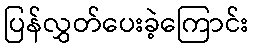
ပြန်လွှတ်ပေးခဲ့ကြောင်း